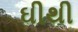
ઘીથી